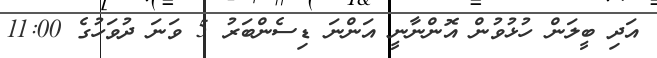
އަދި ބީލަން ހުޅުވުން އޮންނާނީ އަންނަ ޑިސެންބަރު 5 ވަނަ ދުވަހުގެ 11:00